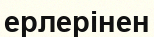
ерлерінен